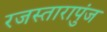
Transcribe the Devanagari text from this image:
रजस्तारापुंज